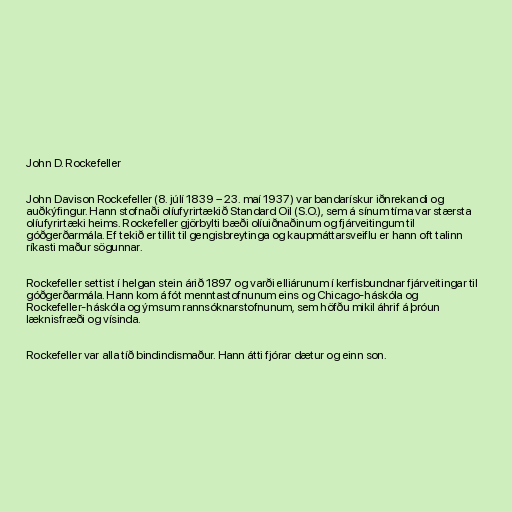
John D. Rockefeller

John Davison Rockefeller (8. júlí 1839 – 23. maí 1937) var bandarískur iðnrekandi og
auðkýfingur. Hann stofnaði olíufyrirtækið Standard Oil (S.O.), sem á sínum tíma var stærsta
olíufyrirtæki heims. Rockefeller gjörbylti bæði olíuiðnaðinum og fjárveitingum til
góðgerðarmála. Ef tekið er tillit til gengisbreytinga og kaupmáttarsveiflu er hann oft talinn
ríkasti maður sögunnar.

Rockefeller settist í helgan stein árið 1897 og varði elliárunum í kerfisbundnar fjárveitingar til
góðgerðarmála. Hann kom á fót menntastofnunum eins og Chicago-háskóla og
Rockefeller-háskóla og ýmsum rannsóknarstofnunum, sem höfðu mikil áhrif á þróun
læknisfræði og vísinda.

Rockefeller var alla tíð bindindismaður. Hann átti fjórar dætur og einn son.